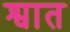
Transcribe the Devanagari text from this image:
श्वात